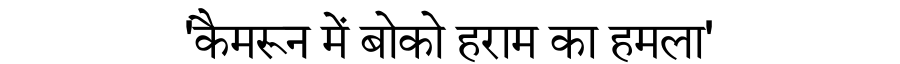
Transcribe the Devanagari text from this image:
'कैमरून में बोको हराम का हमला'